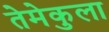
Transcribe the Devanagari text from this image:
तेमेकुला